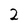
Character: 2